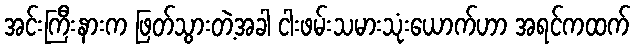
အင်းကြီးနားက ဖြတ်သွားတဲ့အခါ ငါးဖမ်းသမားသုံးယောက်ဟာ အရင်ကထက်